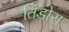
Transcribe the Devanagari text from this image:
तिंड़ोरा